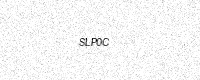
Text: SLP0C